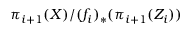
\pi _ { i + 1 } ( X ) / ( f _ { i } ) _ { * } ( \pi _ { i + 1 } ( Z _ { i } ) )